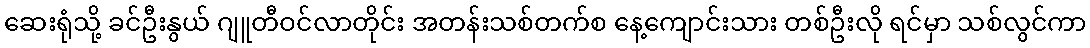
ဆေးရုံသို့ ခင်ဦးနွယ် ဂျူတီဝင်လာတိုင်း အတန်းသစ်တက်စ နေ့ကျောင်းသား တစ်ဦးလို ရင်မှာ သစ်လွင်ကာ